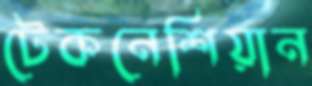
টেকনেশিয়ান